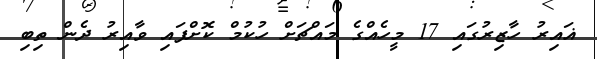
ޣައިރު ހާޒިރުގައި 17 މީހެއްގެ މައްޗަށް ހުކުމް ކޮށްފައި ވާއިރު ދެން ތިބި